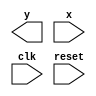
// Exemplo0053 - Maquinas de estados finitos
// Nome: Julio Machado

//-----------
// Moore FSM
//-----------
/* 
							Moore FSM Diagram 
		   ______________________________________________
		  /						  		 							 \ 
	  	 v		1 	   		0 	  			1 		  		0		  | // found 
	[start] ---> [id1] ---> [id10] ---> [id101] ---> [id1010]
		^ \0 		 ^	 1| 			0|				  1 |
		\_/ 		  \_/ 		 	/	 				 |
		 \__________\__________/					/
		   			 \								  /
						  \______________________/
*/ 

//constant definitions
`define found		1
`define notfound	0

//FSM by Moore
module moore1010(y,x,clk,reset);
	output y;
	input x;
	input clk;
	input reset;
	
	reg y;
	
	parameter	//state identifiers
		start = 3'b000,
		id1 = 3'b001,
		id10 = 3'b011,
		id101 = 3'b010,
		id1010 = 3'b110; //signal found
		
		reg [1:0] E1;	//current state variables
		reg [1:0] E2;	//next state logic output
		
		//next state logic
		always @ (x or E1)
			begin
				y = `notfound;
				
				case (E1)
					start:
						if (x)
							E2 = id1;
						else
							E2 = start;
					id1:
						if (x)
							E2 = id1;
						else
							E2 = id10;
					id10:
						if (x)
							E2 = id101;
						else
							E2 = start;
					id101:
						if (x)
							E2 = id1;
						else
							E2 = id1010;
					id1010:
						E2 = start;
					default:		//undefined state
						E2 = 2'bxx;
				endcase
			end //always at signal or state changing
			
		//state variables
			always @ (posedge clk or negedge reset)
				begin
					if (reset)
						E1 = E2;	//updates current state
					else
						E1 = start;	//reset
				end //always at signal changing
				
		//ouput logic
			always @ (E1)
				begin
					y = E1[2]; //first bit of state value
				end //always at state changing
				
endmodule //moore1101

// -----------
//	Test Moore
// -----------
module testMoore1101;
	reg x,reset,clk;
	wire y;
	
	moore1010 m1(y,x,clk,reset);
	
	initial
		begin
			x = 1'b1;
			reset = 1'b1;
			clk = 1'b0;
		end
	
	initial
		begin
		
		$display("Moore1010\nNome: Julio Machado\nMatricula: 435666");
		
		$display("Clk  Rst  x  y");
		#2 x = 1'b0;
		#2 x = 1'b1;
		#2 x = 1'b0;
		#4 $finish;
		end
		
	always
		#1 clk = ~clk;
	
	always @(posedge clk)
		begin
			$display("%d	%b  %b  %b",$time,reset,x,y);
		end

endmodule //testMoore

/* -- Documentacao complementar
 
 		Historico
 Nome						Data				Modificacao
 Mealy1101			30/09/2011		FSM by Mealy
 Moore1101			30/09/2011		FSM by Moore
 Exemplo0051		30/09/2011		FSM by Mealy and Moore
 Exemplo0052		01/10/2011		FSM by Mealy - sequencia 101 com intersecao
 Exemplo0053		01/10/2011		FSM by Moore - sequencia 1010 sem intersecao


			Testes e Resultados

 Mealy1101
 	*obs: nao conseguir fazer o programa identificar 1101, por isso,
			nao pude realizar mais testes
			
 Moore1101
 	*obs: nao conseguir fazer o programa identificar 1101, por isso,
			nao pude realizar mais testes
			
 Exemplo0051
 	Mealy conseguiu identificar a entrada 1101, mas a saida final da FSM de Moore foi x.
	
 Exemplo0052
 	*obs: nao conseguir fazer o programa identificar 101, por isso,
			nao pude realizar mais testes

 Exemplo0053
 	*obs: nao conseguir fazer o programa identificar 1010, por isso,
			nao pude realizar mais testes
*/